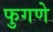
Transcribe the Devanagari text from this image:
फुगणे